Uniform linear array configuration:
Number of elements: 16
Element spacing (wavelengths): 1
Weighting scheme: uniform
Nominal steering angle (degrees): -30
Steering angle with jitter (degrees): -31.84
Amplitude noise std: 0.05
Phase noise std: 0.05

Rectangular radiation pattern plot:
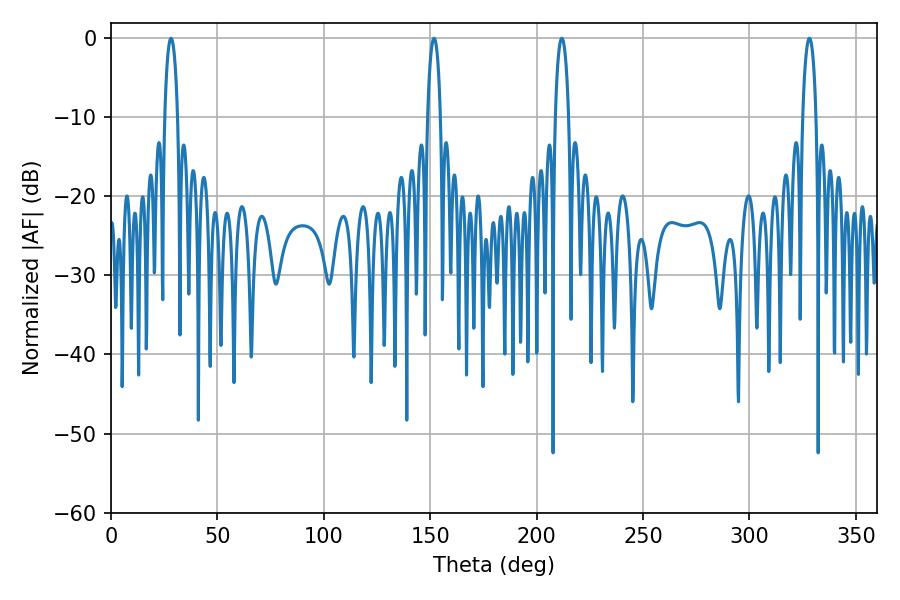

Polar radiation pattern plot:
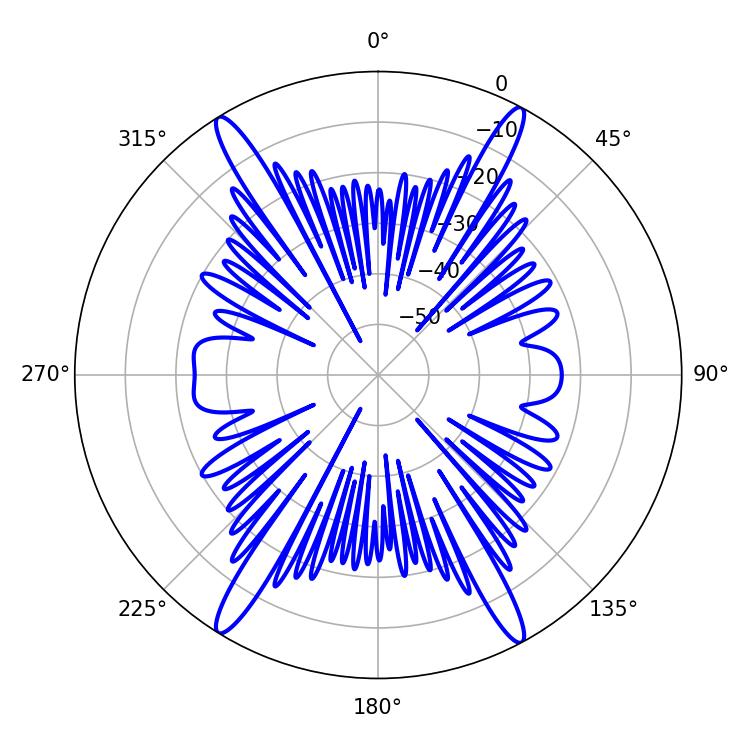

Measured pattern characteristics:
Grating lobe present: TRUE
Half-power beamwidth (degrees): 3.6
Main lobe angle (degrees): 211.86